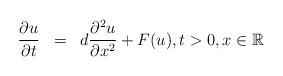
LaTeX: \begin{align*} \begin{array}{lcl} \displaystyle\frac{\partial u}{\partial t} &=& d\displaystyle\frac{\partial^2 u}{\partial x^2}+F(u), t> 0,x\in\mathbb{R}\\ \end{array}\end{align*}